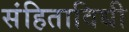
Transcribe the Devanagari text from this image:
संहिताविधी